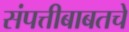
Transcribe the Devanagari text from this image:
संपत्तीबाबतचे